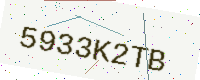
Text: 5933K2TB